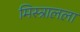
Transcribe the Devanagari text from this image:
मिस्त्रालला